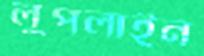
লুপলাইন